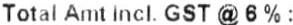
TOTAL AMT INCL. GST @ 6 % :